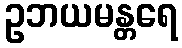
ဥဘယမန္တရေ